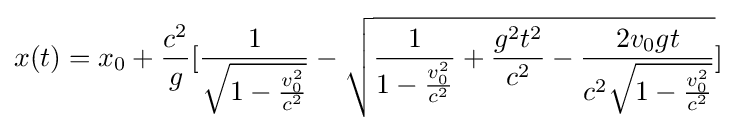
x(t)=x_{0}+{\frac {c^{2}}{g}}[{\frac {1}{\sqrt {1-{\frac {v_{0}^{2}}{c^{2}}}}}}-{\sqrt {{\frac {1}{1-{\frac {v_{0}^{2}}{c^{2}}}}}+{\frac {g^{2}t^{2}}{c^{2}}}-{\frac {2v_{0}gt}{c^{2}{\sqrt {1-{\frac {v_{0}^{2}}{c^{2}}}}}}}}}]